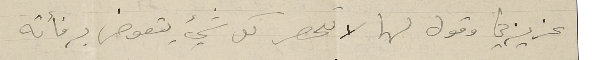
عزيزتي وقول لها لا تحصر كل شيء يتعوض برفأته